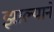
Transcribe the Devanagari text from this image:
झाल्यानें